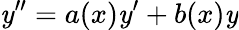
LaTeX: \mathit{y}^{\prime\prime}=a(x)\mathit{y}^{\prime}+b(x)\mathit{y}